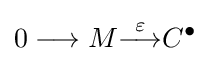
0\longrightarrow M{\overset {\varepsilon }{\longrightarrow }}C^{\bullet }